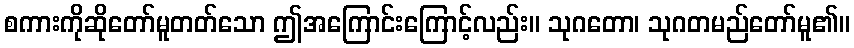
စကားကိုဆိုတော်မူတတ်သော ဤအကြောင်းကြောင့်လည်း။ သုဂတော၊ သုဂတမည်တော်မူ၏။